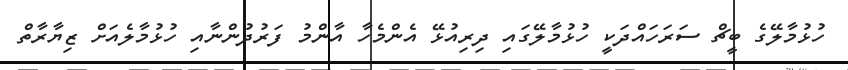
ހުޅުމާލޭގެ ބީޗް ސަރަހައްދަކީ ހުޅުމާލޭގައި ދިރިއުޅޭ އެންމެހާ އާންމު ފަރުދުންނާއި ހުޅުމާލެއަށް ޒިޔާރާތް